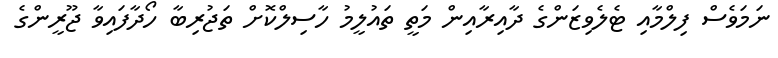
ނަމަވެސް ފިލްމާއި ޓެލެވިޒަންގެ ދާއިރާއިން މަތީ ތައުލީމު ހާސިލްކޮށް ތަޖުރިބާ ހޯދާފައިވާ ޖޫރީންގެ